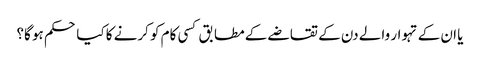
یا ان کے تہوار والے دن کے تقاضے کے مطابق کسی کام کو کرنے کا کیا حکم ہو گا؟